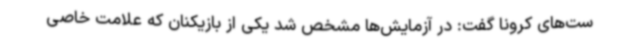
ست‌های کرونا گفت: در آزمایش‌ها مشخص شد یکی از بازیکنان که علامت خاصی